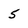
Character: 5